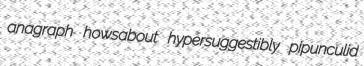
anagraph howsabout hypersuggestibly pipunculid